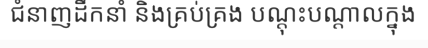
ជំនាញដឹកនាំ និងគ្រប់គ្រង បណ្តុះបណ្តាលក្នុង